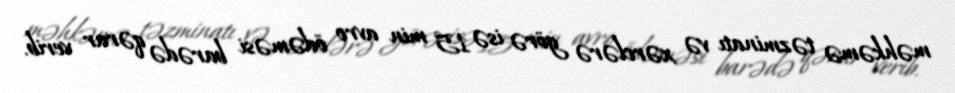
məhkəmə təzminatı və xərclərə görə isə 15 min avro ödəməsi barədə qərar verib.